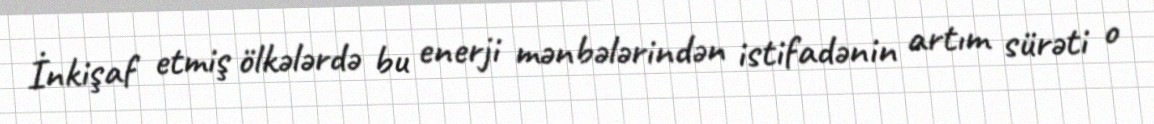
İnkişaf etmiş ölkələrdə bu enerji mənbələrindən istifadənin artım sürəti o